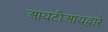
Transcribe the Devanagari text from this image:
आयटीआयद्वारे